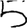
Digit: 5